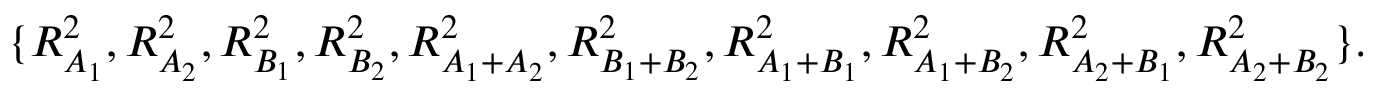
\{ R _ { A _ { 1 } } ^ { 2 } , R _ { A _ { 2 } } ^ { 2 } , R _ { B _ { 1 } } ^ { 2 } , R _ { B _ { 2 } } ^ { 2 } , R _ { A _ { 1 } + A _ { 2 } } ^ { 2 } , R _ { B _ { 1 } + B _ { 2 } } ^ { 2 } , R _ { A _ { 1 } + B _ { 1 } } ^ { 2 } , R _ { A _ { 1 } + B _ { 2 } } ^ { 2 } , R _ { A _ { 2 } + B _ { 1 } } ^ { 2 } , R _ { A _ { 2 } + B _ { 2 } } ^ { 2 } \} .